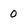
Character: 0